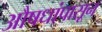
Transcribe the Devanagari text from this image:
औषधांपासून